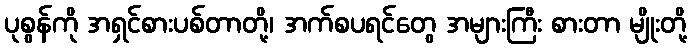
ပုစွန်ကို အရှင်စားပစ်တာတို့၊ အက်စပရင်တွေ အများကြီး စားတာ မျိုးတို့